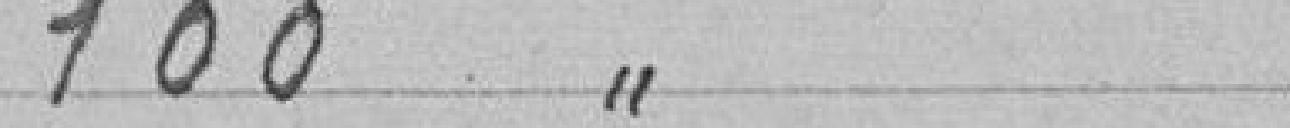
100 "